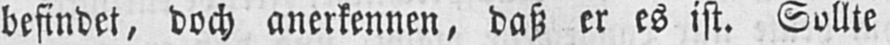
befindet, doch anerkennen, daß er es ist. Sollte